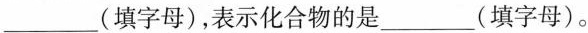
___(填字母)，表示化合物的是___(填字母)。